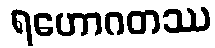
ရဟောဂတဿ